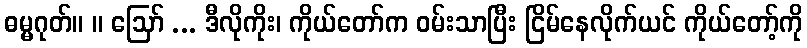
ဓမ္မဂုတ်။ ။ ဩော် ... ဒီလိုကိုး၊ ကိုယ်တော်က ဝမ်းသာပြီး ငြိမ်နေလိုက်ယင် ကိုယ်တော့်ကို